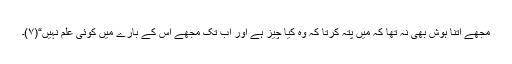
مجھے اتنا ہوش بھی نہ تھا کہ میں پتہ کرتا کہ وہ کیا چیز ہے اور اب تک مجھے اس کے بارے میں کوئی علم نہیں“(۷)۔